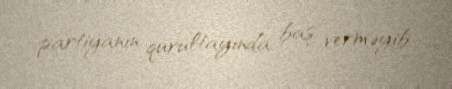
partiyanın qurultayında baş verməyib.